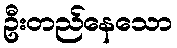
ဦးတည်နေသော